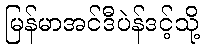
မြန်မာအင်ဒီပဲန်ဒင့်သို့